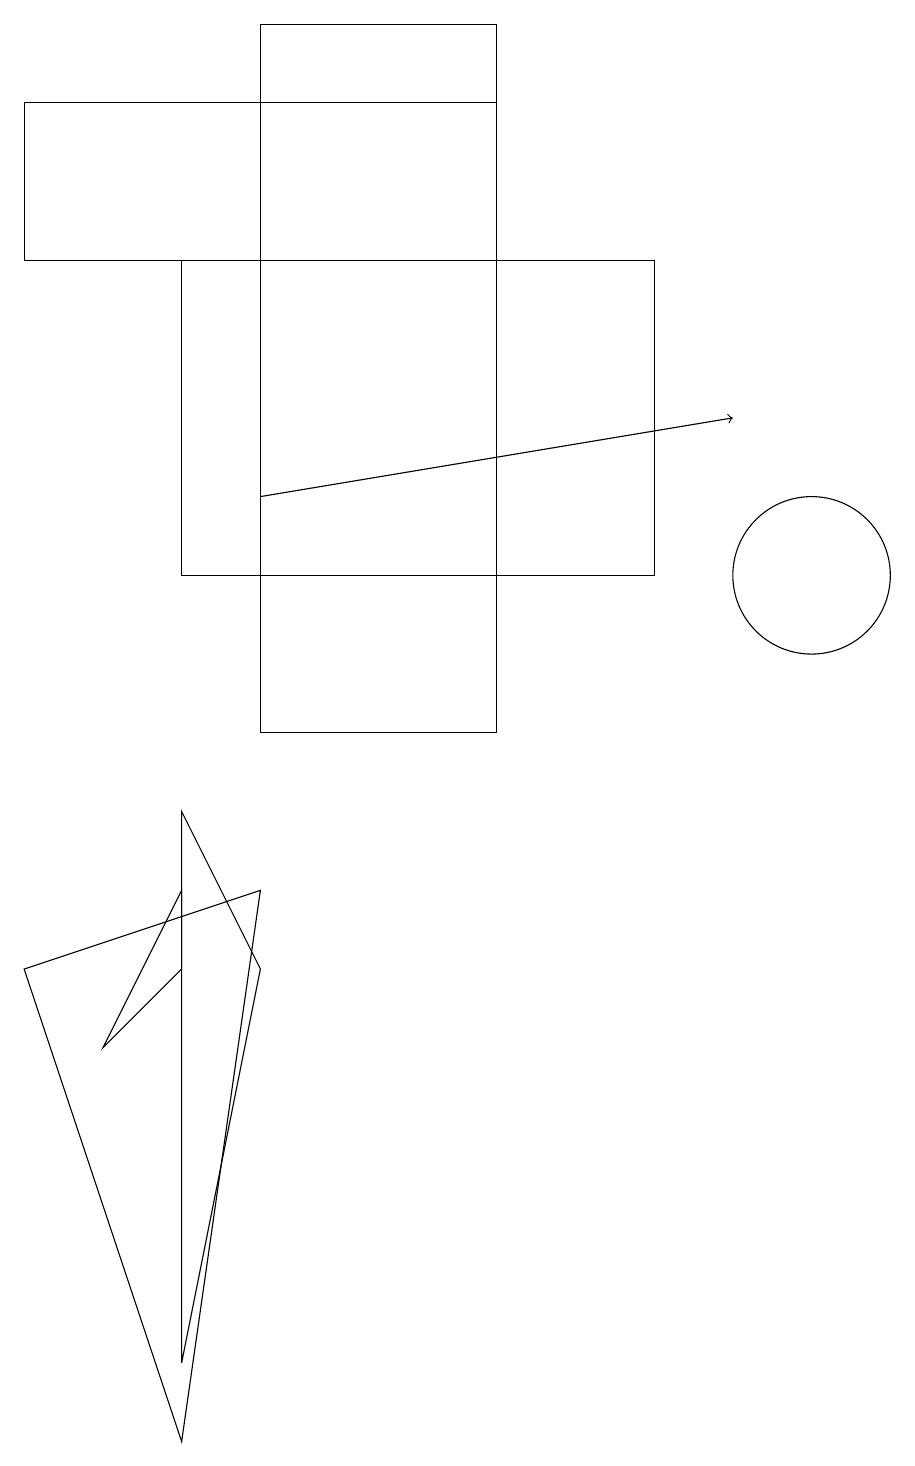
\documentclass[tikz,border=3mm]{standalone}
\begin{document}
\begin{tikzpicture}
\draw (2,1) -- (0,7) -- (3,8) -- cycle;
\draw (3,7) -- (2,9) -- (2,2) -- cycle;
\draw (0,18) rectangle (6,16);
\draw (2,16) rectangle (8,12);
\draw (10,12) circle (1);
\draw (1,6) -- (2,8) -- (2,7) -- cycle;
\draw (6,19) rectangle (3,10);
\draw[->] (3,13) -- (9,14);
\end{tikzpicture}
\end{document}